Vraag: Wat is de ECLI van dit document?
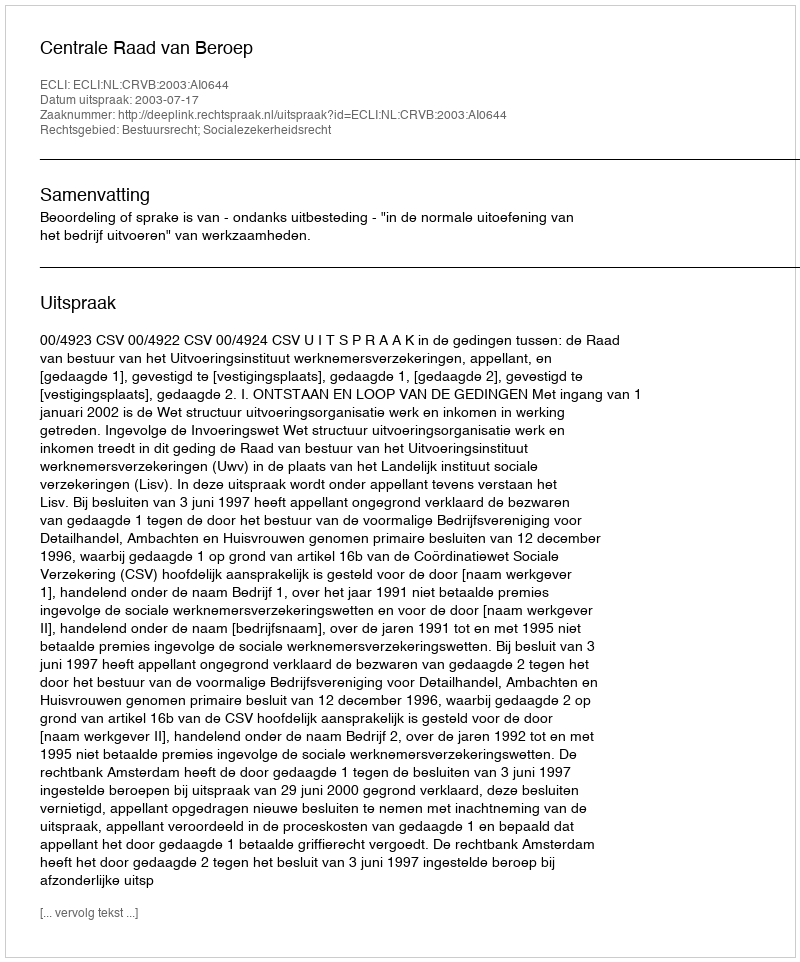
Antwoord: ECLI:NL:CRVB:2003:AI0644